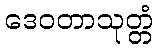
ဒေဝတာသုတ္တံ